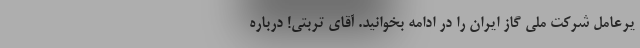
یرعامل شرکت ملی گاز ایران را در ادامه بخوانید. آقای تربتی! درباره